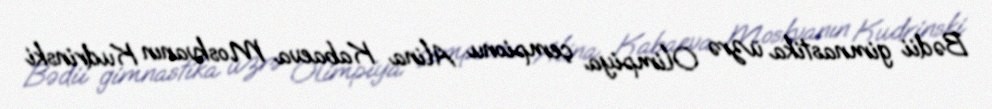
Bədii gimnastika üzrə Olimpiya çempionu Alina Kabaeva Moskvanın Kudrinski